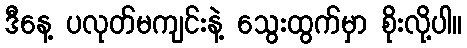
ဒီနေ့ ပလုတ်မကျင်းနဲ့ သွေးထွက်မှာ စိုးလို့ပါ။